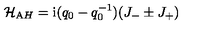
{ \cal H } _ { \mathrm A H } = { \mathrm i } ( q _ { 0 } - q _ { 0 } ^ { - 1 } ) ( J _ { - } \pm J _ { + } )